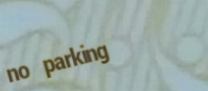
no parking